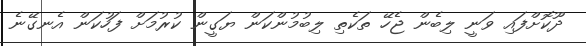
ދޫކޮށްފައި ވަނީ ލިބެން ޖެހޭ ތަކެތި ލިބުމުންކަން ޔަގީން ކުރުމަށް ފަހުކަން އެނގޭނެ